Trukikaitis_Postimees, lk 19
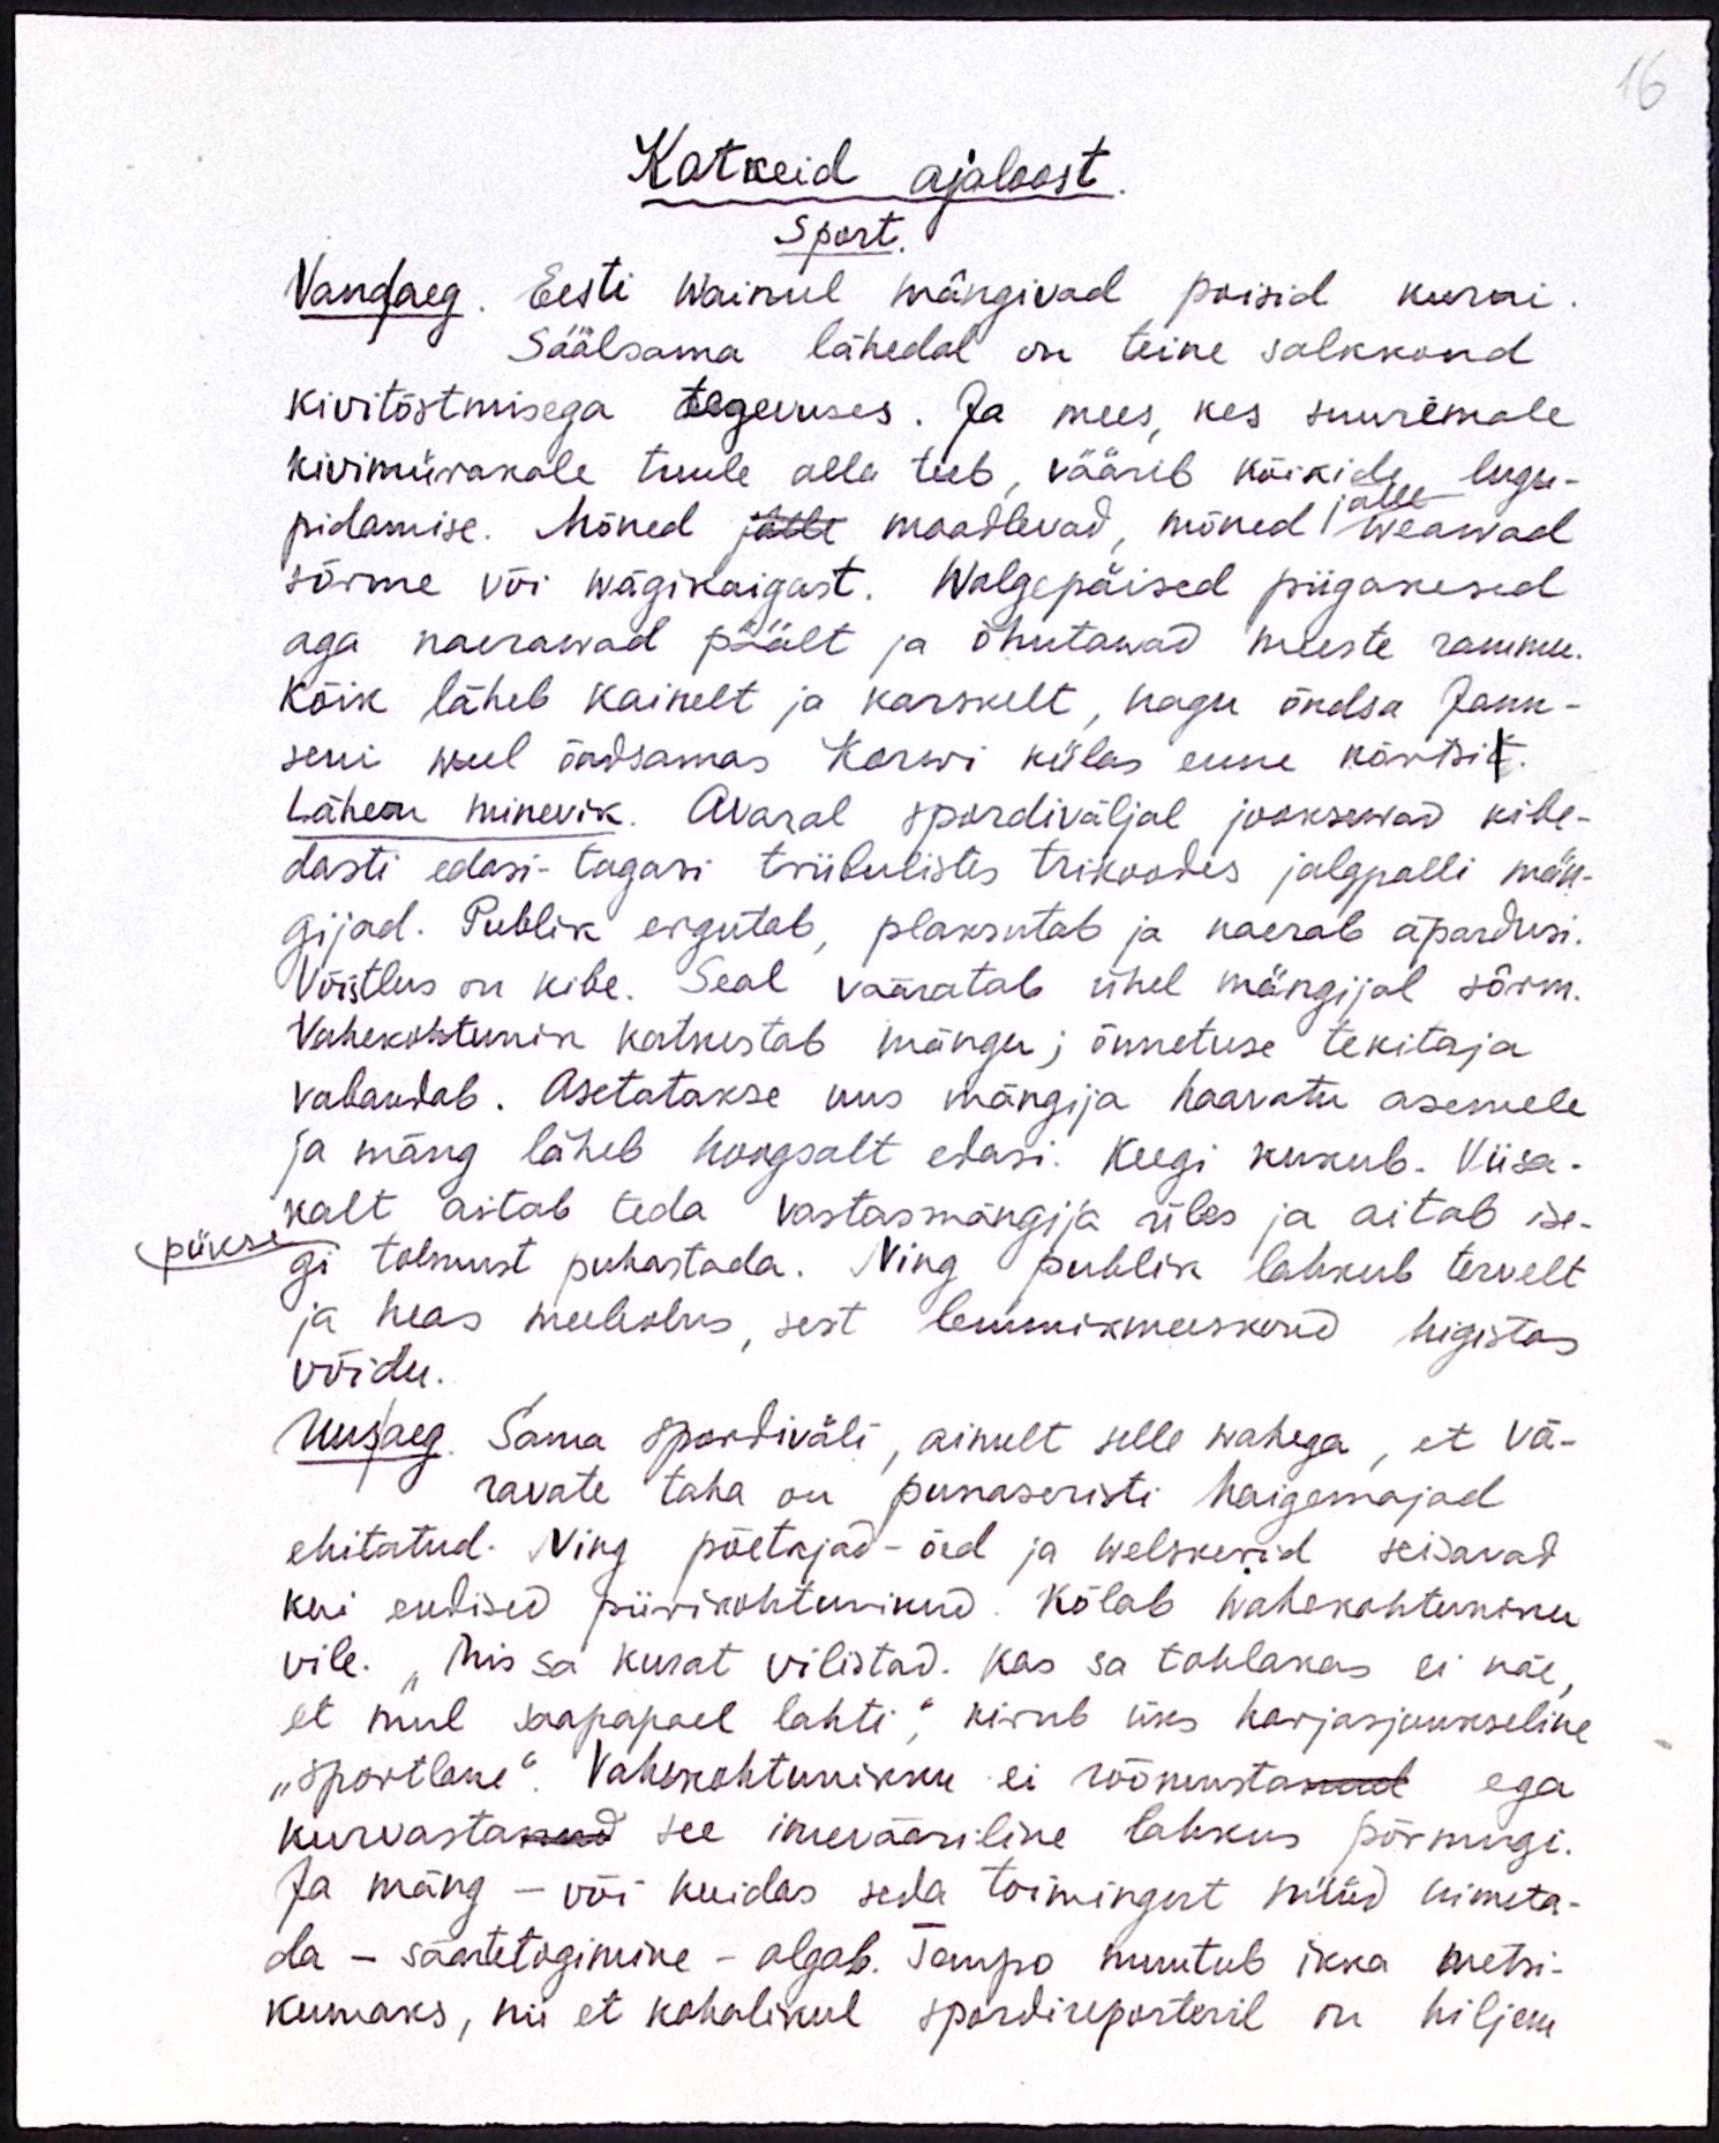
16

Katkeid ajaloost.
Sport.
Vanaaeg. Eesti Wainul mängivad poisid kurni.
Säälsama lähedal on teine salkkond
kivitõstmisega tegevuses. Ja mees, kes suuremale
kivimürakale tuule alla teeb, väärib kõikide lugu-
pidamise. Mõned jälle maadlevad, mõnet weawad
jälle
sõrme või wägikaigast. Walgepäised piigakesed
aga naerawad päält ja õhutawad meeste rammu.
Kõik läheb kainelt ja karskelt, nagu õndsa Jann-
seni weel õndsamas Kerwi külas enne kõrtsit.
Lähem minevik. Avaral spordiväljal jooksewad kibe-
dasti edasi-tagasi triibulistes trikoodes jalgpalli män-
gijad. Publik ergutab, plaksutab ja naerab äpardusi.
Võistlus on kibe. Seal vääratab ühel mängijal sõrm.
Vahekohtunik katkestab mängu; õnnetuse tekitaja
vabandab. Asetatakse uus mängija haavatu asemele
ja mäng läheb hoogsalt edasi. Keegi kukub. Viisa-
kalt aitab teda vastasmängija üles ja aitab ise-
pükse
gi tolmust puhastada. Ning publik lahkub tervelt
ja heas meeleolus, sest lemmikmeeskond higistas
võidu.
Uusaeg. Sama spordiväli, ainult selle wahega, et vä-
ravate taha on punaseristi haigemajad
ehitatud. Ning põetajad-õed ja welskerid seisavad
kui endised piirikohtunikud. Kõlab wahekohtuniku
vile. "Mis sa kurat vilistad. Kas sa tohlakas ei näe,
et mul saapapael lahti", kirub üks harjasjuukseline
"sportlane". Vahekohtunikku ei rõõmustanud ega
kurvastanud see imevääriline lahkus põrmugi.
Ja mäng - või kuidas seda toimingut nüüd nimeta-
da - säärtetogimine - algab. Tempo muutub ikka metsi-
kumaks, nii et kohalikul spordireporteril on hiljem